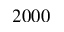
2 0 0 0